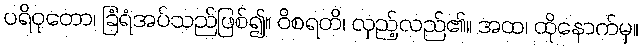
ပရိဝုတော၊ ခြံရံအပ်သည်ဖြစ်၍။ ဝိစရတိ၊ လှည့်လည်၏။ အထ၊ ထိုနောက်မှ။